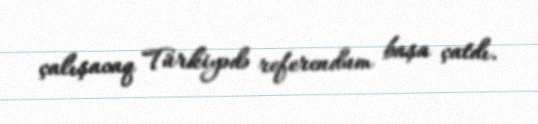
çalışacaq Türkiyədə referendum başa çatdı.